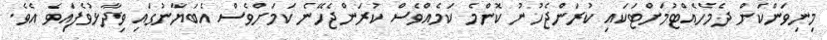
މިނިވަންކަން ދެމެހެއްޓުމަށްޓަކައި ކުރަންޖެހުނު ކޮންމެ ކަމެއްވެސް ކުރަންޖެހޭނެ ކަމަށްވެސް އެބަޔާނުގައި ވިދާޅުވެފައިވެ އެވެ.